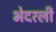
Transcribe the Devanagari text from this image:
भेदरली